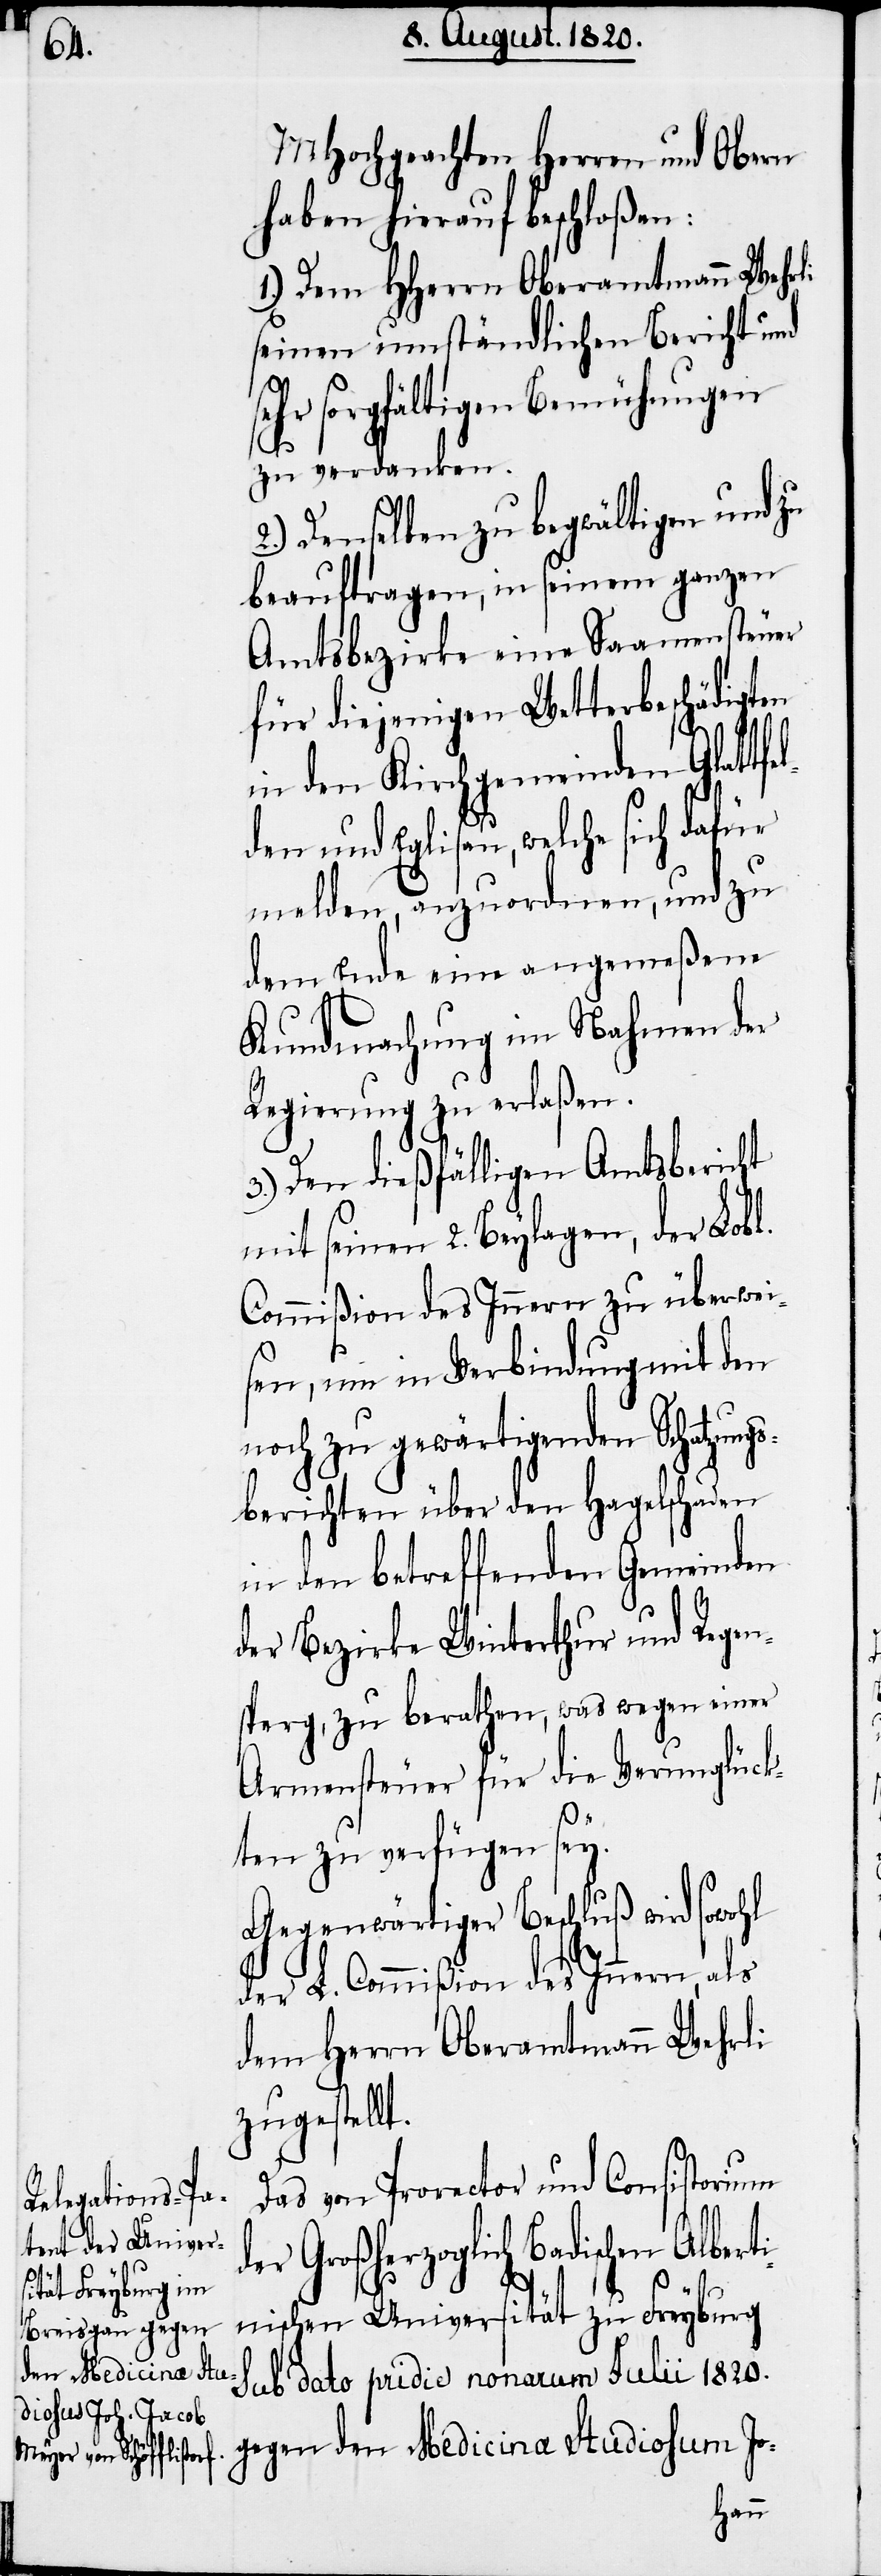
MHochgeachten Herren und Obern
haben hierauf beschloßen:
1.) Dem HHerrn Oberamtmann Wehrli
seinen umständlichen Bericht und
ehr sorgfältigen Bemühungen
zu verdanken.
2.) Denselben zu bewältigen und zu
beauftragen, in seinem ganzen
Amtsbezirke eine Samensteuer
für diejenigen Wetterbeschädigten
in den Kirchgemeinden Glattfe¬
den und Eglisau, welche sich dafür
melden, anzuordnen, und zu¬
dem Ende eine angemeßene
Kundmachung im Nahmen der
Regierung zu erlaßen.
3.) Den dießfälligen Amtsbericht
mit seinen 2. Beylagen, der Lobl.
Commißion des Innern zu überwei¬
sen, um in Verbindung mit den
noch zu gewärtigenden Schatzungs¬
berichten über den Hagelschaden
in den betreffenden Gemeinden
der Bezirke Winterthur und Regen¬
sperg, zu berathen, was wegen einer
Armensteuer für die Verunglück¬
l¬
ten zu verfügen sey.
Gegenwärtiger Beschluß wird sowohl
der L. Commißion des Innern, als
dem Herrn Oberamtmann Wehrli
zugestellt.
Das von Prorector und Consistorium
der großherzoglich Badischen Albert¬
s¬
inischen Universität zu Freyburg
sub dato pridie nonarum Julii 1820.
gegen den Medicina Studiosum Jo-